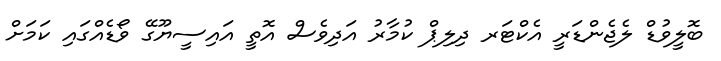
ބޮލީވުޑް ލެޖެންޑަރީ އެކްޓަރ ދިލިޕް ކުމާރު އަދިވެސް އޮތީ އައިސީޔޫގޭ ވޯޑެއްގައި ކަމަށް